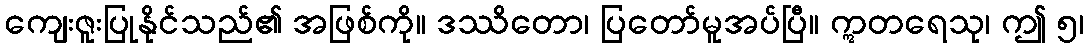
ကျေးဇူးပြုနိုင်သည်၏ အဖြစ်ကို။ ဒဿိတော၊ ပြတော်မူအပ်ပြီ။ ဣတရေသု၊ ဤ ၅၊